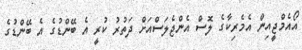
އޯއެމްޖީއިން އެމެރިކާގެ ލޮސް އެންޖެލަސްއަށް ދަތުރު ކުރީ އެ ބޭންޑުގެ އެ ބޭންޑުގެ